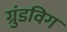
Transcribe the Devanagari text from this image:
ग्रुंडविग